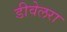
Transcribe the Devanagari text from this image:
डीवेलरा